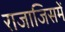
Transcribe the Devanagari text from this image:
राजाजिसमें